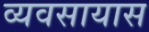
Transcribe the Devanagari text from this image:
व्‍यवसायास